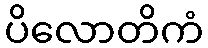
ပိလောတိကံ